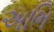
અભિ